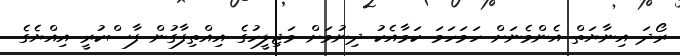
ރޯދަ އިނާޔަތް އެންމެނަށް ހަމަހަމަ ކަމާއެކު ދިނުމަށް މަޖިލީހުގެ އިއްތިފާގުން ފާސްކުރީ އިއްޔެގެ